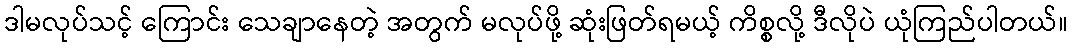
ဒါမလုပ်သင့် ကြောင်း သေချာနေတဲ့ အတွက် မလုပ်ဖို့ ဆုံးဖြတ်ရမယ့် ကိစ္စလို့ ဒီလိုပဲ ယုံကြည်ပါတယ်။